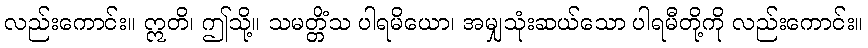
လည်းကောင်း။ ဣတိ၊ ဤသို့။ သမတ္တိံသ ပါရမိယော၊ အမျှသုံးဆယ်သော ပါရမီတို့ကို လည်းကောင်း။